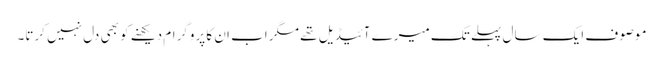
موصوف ایک سال پہلے تک میرے آئیڈیل تھے مگر اب ان کا پروگرام دیکھنے کو بھی دل نہیں کرتا۔